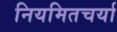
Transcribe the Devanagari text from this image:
नियमितचर्या